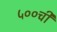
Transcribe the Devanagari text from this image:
५००ची